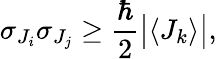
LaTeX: \sigma_{J_{i}}\sigma_{J_{j}}\geq{\frac{\hbar}{2}}{\big|}\langle J_{k}\rangle{\big|},